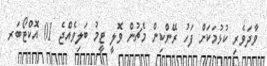
ވާދަވެރި ކުޅުމަކަށް ފަހު ރޭންކިން މެޗުން ވޮލީ ޓީމު ބަލިވެއްޖެ 01 އޮކްޓޯބަރ